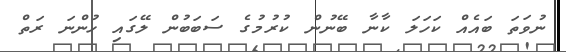
ނުވަތަ ބައެއް ކަހަލަ ކާނާ ބޭނުން ކުރުމުގެ ސަބަބުން ލޭގައި ހުންނަ ރަތް